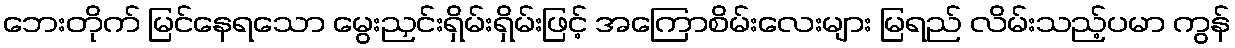
ဘေးတိုက် မြင်နေရသော မွေးညှင်းရှိမ်းရှိမ်းဖြင့် အကြောစိမ်းလေးများ မြရည် လိမ်းသည့်ပမာ ကွန်